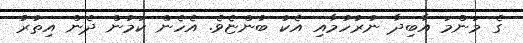
ގެ މަންމަ އާބިދާ ނުރުހުމާއި އެކު ބުންޏެވެ. އެހެން ކަމުން ދެން އިތުރު